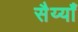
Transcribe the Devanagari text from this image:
सैय्याँ